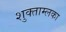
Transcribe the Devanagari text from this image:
शुक्ताम्लका